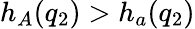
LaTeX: h_{A}(q_{2})>h_{a}(q_{2})